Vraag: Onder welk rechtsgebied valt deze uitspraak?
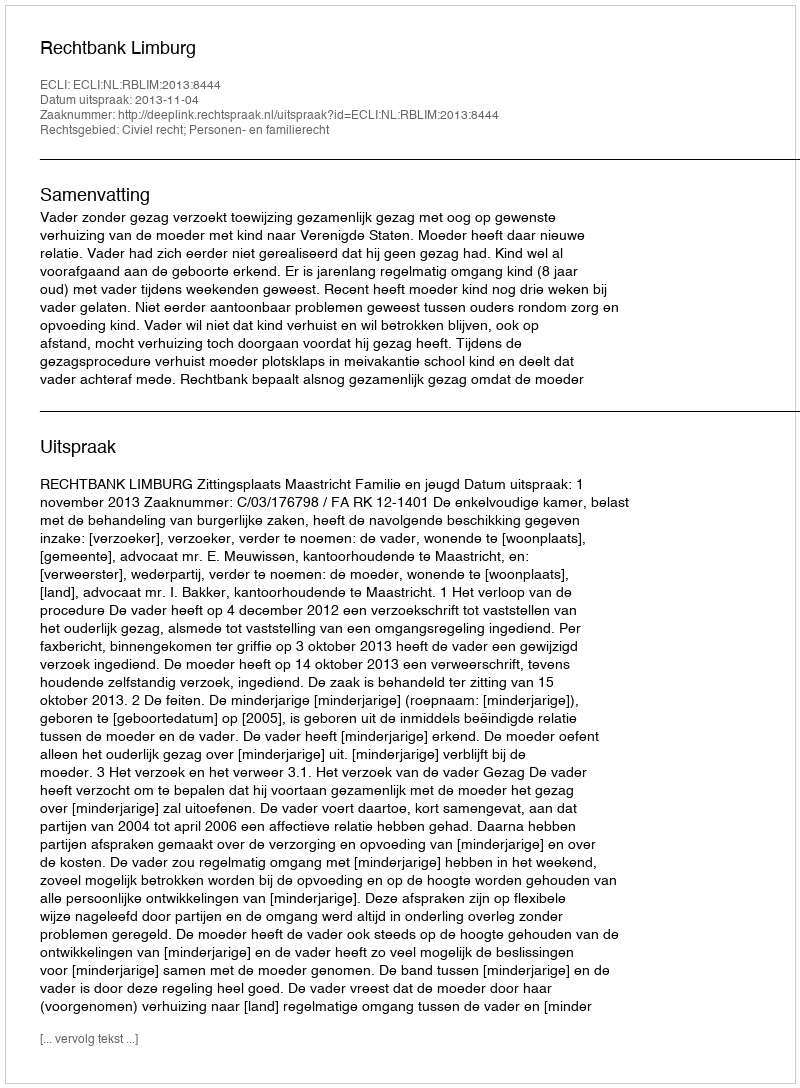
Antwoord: Civiel recht; Personen- en familierecht